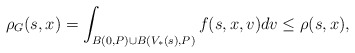
\begin{align*}\rho_G(s,x)=\int_{B(0,P) \cup B(V_*(s),P)} f(s,x,v)dv \leq \rho(s,x),\end{align*}